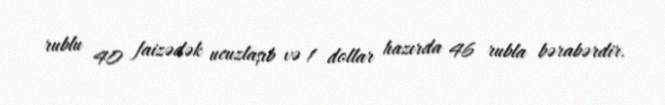
rublu 40 faizədək ucuzlaşıb və 1 dollar hazırda 46 rubla bərabərdir.